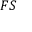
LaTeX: { \boldsymbol { F } } { \boldsymbol { S } }